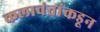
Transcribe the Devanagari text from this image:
कलावंतांकडून